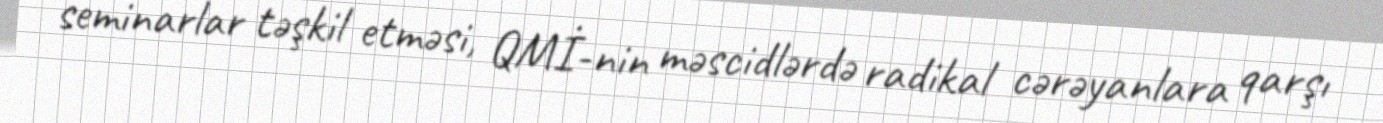
seminarlar təşkil etməsi, QMİ-nin məscidlərdə radikal cərəyanlara qarşı